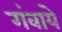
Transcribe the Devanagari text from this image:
गंवाये